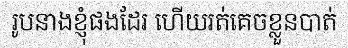
រូបនាងខ្ញុំផងដែរ ហើយរត់គេចខ្លួនបាត់